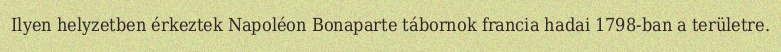
Ilyen helyzetben érkeztek Napoléon Bonaparte tábornok francia hadai 1798-ban a területre.